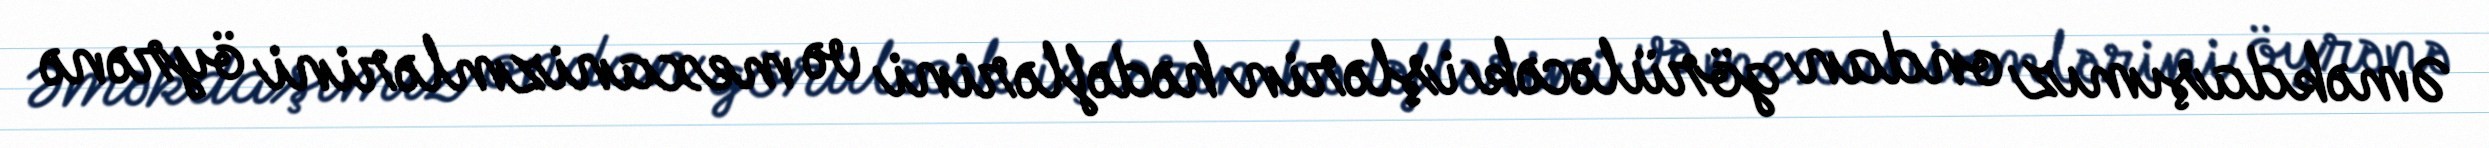
Əməkdaşımız ondan görüləcək işlərin hədəflərini və mexanizmlərini öyrənə